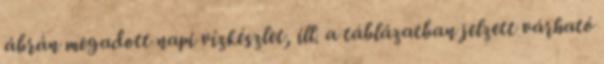
ábrán megadott napi vízkészlet, ill. a táblázatban jelzett várható